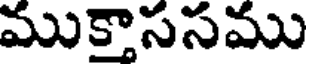
ముకాససము